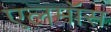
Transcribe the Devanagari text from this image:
एलमॉस